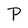
Character: P